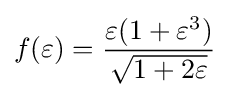
f(\varepsilon )={\frac {\varepsilon (1+\varepsilon ^{3})}{\sqrt {1+2\varepsilon }}}